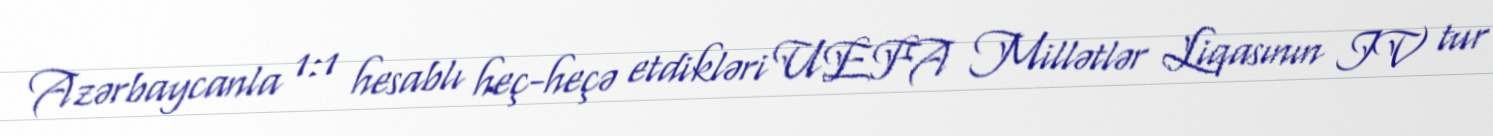
Azərbaycanla 1:1 hesablı heç-heçə etdikləri UEFA Millətlər Liqasının IV tur